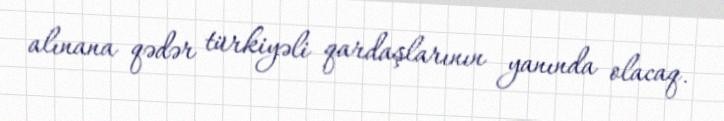
alınana qədər türkiyəli qardaşlarının yanında olacaq.